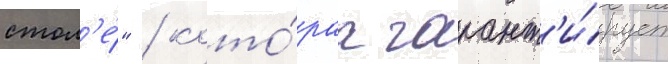
стол'е́" / кото́раа гарант'и́рует